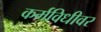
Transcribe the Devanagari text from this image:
कर्मविधीवर